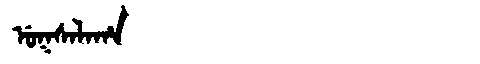
Manchu: ᡠᡴᠰᠠᠯᠠᡥᠠ
Romanization: UKSALAHA